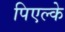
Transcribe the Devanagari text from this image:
पिएल्के